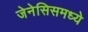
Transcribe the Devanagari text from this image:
जेनेसिसमध्ये